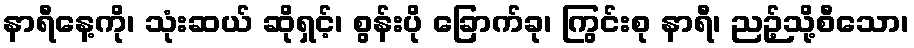
နာရီနေ့ကို၊ သုံးဆယ် ဆိုရှင့်၊ စွန်းပို ခြောက်ခု၊ ကြွင်းစု နာရီ၊ ညဉ့်သို့စီသော၊